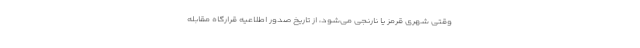
وقتی شهری قرمز یا نارنجی می‌شود، ‌از تاریخ صدور اطلاعیه قرارگاه مقابله